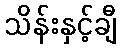
သိန်းနှင့်ချီ